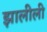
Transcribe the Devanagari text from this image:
झालीली